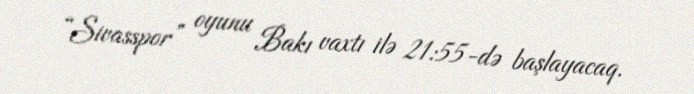
“Sivasspor” oyunu Bakı vaxtı ilə 21:55-də başlayacaq.